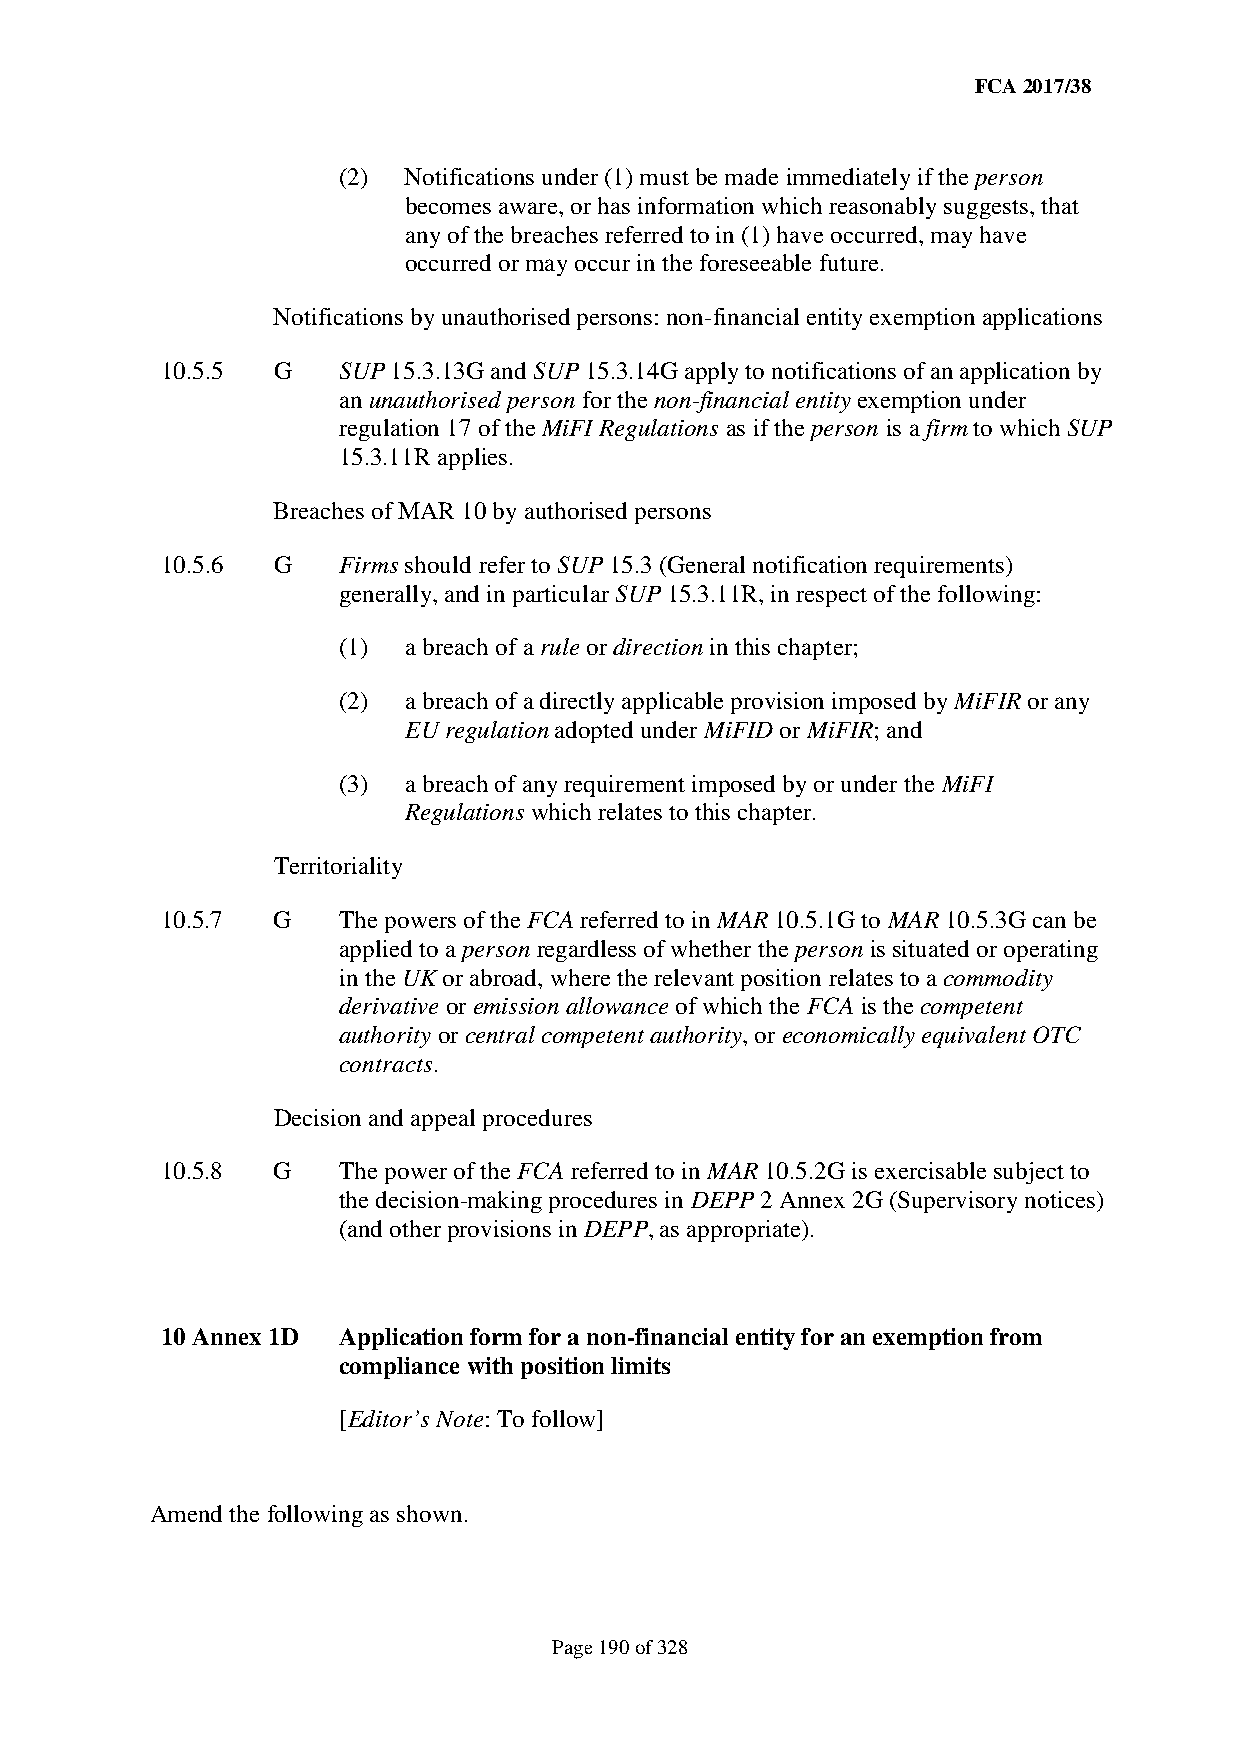
FCA 2017/38
 (2)  Notifications under (1) must be made immediately if the person
 becomes aware, or has information which reasonably suggests, that
 any of the breaches referred to in (1) have occurred, may have
 occurred or may occur in the foreseeable future.
 Notifications by unauthorised persons: non-financial entity exemption applications
 10.5.5 G   SUP 15.3.13G and SUP 15.3.14G apply to notifications of an application by
 an unauthorised person for the non-financial entity exemption under
 regulation 17 of the MiFI Regulations as if the person is a firm to which SUP
 15.3.11R applies.
 Breaches of MAR 10 by authorised persons
 10.5.6 G   Firms should refer to SUP 15.3 (General notification requirements)
 generally, and in particular SUP 15.3.11R, in respect of the following:
 (1)  a breach of a rule or direction in this chapter;
 (2)  a breach of a directly applicable provision imposed by MiFIR or any
 EU regulation adopted under MiFID or MiFIR; and
 (3)  a breach of any requirement imposed by or under the MiFI
 Regulations which relates to this chapter.
 Territoriality
 10.5.7 G   The powers of the FCA referred to in MAR 10.5.1G to MAR 10.5.3G can be
 applied to a person regardless of whether the person is situated or operating
 in the UK or abroad, where the relevant position relates to a commodity
 derivative or emission allowance of which the FCA is the competent
 authority or central competent authority, or economically equivalent OTC
 contracts.
 Decision and appeal procedures
 10.5.8 G   The power of the FCA referred to in MAR 10.5.2G is exercisable subject to
 the decision-making procedures in DEPP 2 Annex 2G (Supervisory notices)
 (and other provisions in DEPP, as appropriate).
 10 Annex 1D Application form for a non-financial entity for an exemption from
 compliance with position limits
 [Editor’s Note: To follow]
 Amend the following as shown.
 Page 190 of 328